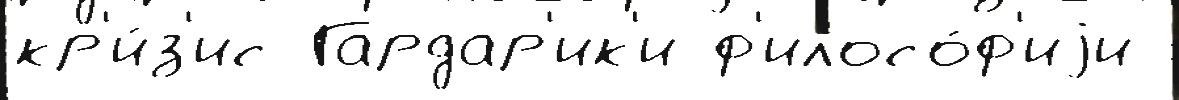
кр'и́з'ис Гардар'ик'и ф'илосо́ф'иjи